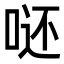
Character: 𭈮